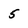
Character: 5